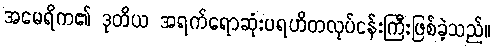
အမေရိက၏ ဒုတိယ အရက်ရောဆုံးပရဟိတလုပ်ငန်းကြီးဖြစ်ခဲ့သည်။